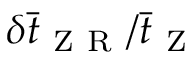
\delta \bar { t } _ { \mathrm { ~ Z ~ R ~ } } / \bar { t } _ { \mathrm { ~ Z ~ } }